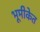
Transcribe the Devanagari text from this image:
भूमीकेत